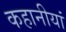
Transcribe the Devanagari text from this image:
कहानीयां